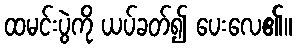
ထမင်းပွဲကို ယပ်ခတ်၍ ပေးလေ၏။